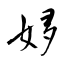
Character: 姼